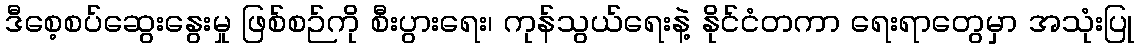
ဒီစေ့စပ်ဆွေးနွေးမှု ဖြစ်စဉ်ကို စီးပွားရေး၊ ကုန်သွယ်ရေးနဲ့ နိုင်ငံတကာ ရေးရာတွေမှာ အသုံးပြု